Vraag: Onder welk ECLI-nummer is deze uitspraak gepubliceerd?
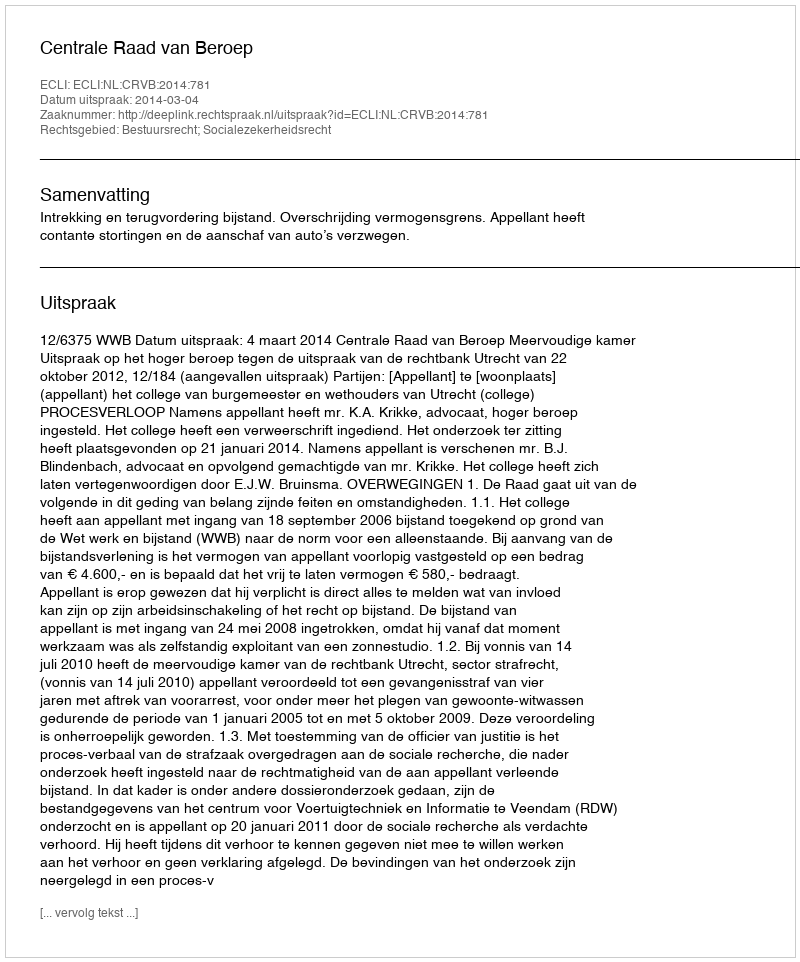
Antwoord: ECLI:NL:CRVB:2014:781